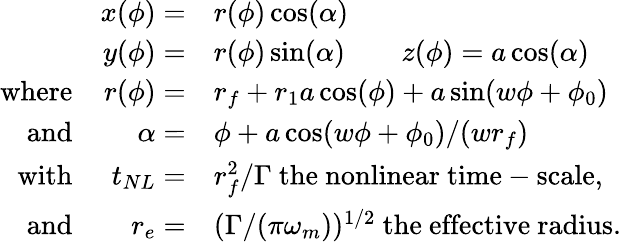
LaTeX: \begin{array}{rrl}&{x(\phi)=}&{r(\phi)\cos(\alpha)}\\ &{y(\phi)=}&{r(\phi)\sin(\alpha)\qquad z(\phi)=a\cos(\alpha)}\\ {\mathrm{where}}&{r(\phi)=}&{r_{f}+r_{1}a\cos(\phi)+a\sin(w\phi+\phi_{0})}\\ {\mathrm{and}}&{\alpha=}&{\phi+a\cos(w\phi+\phi_{0})/(wr_{f})}\\ {\mathrm{with}}&{t_{NL}=}&{r_{f}^{2}/\Gamma\mathrm{~the~nonlinear~time-scale,}}\\ {\mathrm{and}}&{r_{e}=}&{(\Gamma/(\pi\omega_{m}))^{1/2}\mathrm{~the~effective~radius.}}\end{array}